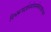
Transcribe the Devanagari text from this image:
विश्वरूपदर्शनयोगनामैकादशोध्याय